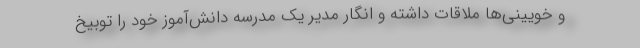
و خویینی‌ها ملاقات داشته و انگار مدیر یک مدرسه دانش‌آموز خود را توبیخ